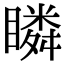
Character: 瞵